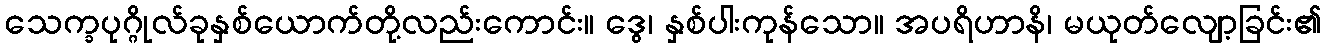
သေက္ခပုဂ္ဂိုလ်ခုနှစ်ယောက်တို့လည်းကောင်း။ ဒွေ၊ နှစ်ပါးကုန်သော။ အပရိဟာနိ၊ မယုတ်လျော့ခြင်း၏